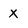
Character: X